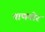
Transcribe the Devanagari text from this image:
पाणमोर